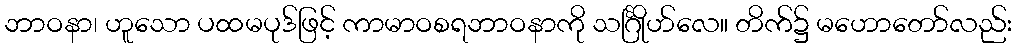
ဘာဝနာ၊ ဟူသော ပထမပုဒ်ဖြင့် ကာမာဝစရဘာဝနာကို သင်္ဂြိုဟ်လေ။ တိက်၌ မဟောတော်လည်း